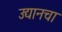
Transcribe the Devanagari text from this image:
उद्यानचा